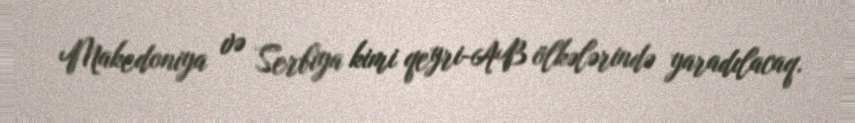
Makedoniya və Serbiya kimi qeyri-AB ölkələrində yaradılacaq.